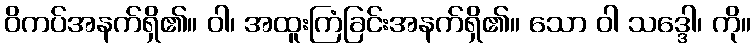
ဝိကပ်အနက်ရှိ၏။ ဝါ၊ အထူးကြံခြင်းအနက်ရှိ၏။ သော ဝါ သဒ္ဒေါ၊ ကို။